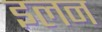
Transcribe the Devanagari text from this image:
इलन